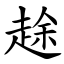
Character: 䞮